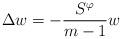
LaTeX: \begin{align*} \Delta w = - \frac{S^\varphi}{m-1} w\end{align*}